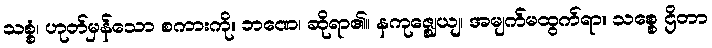
သစ္စံ၊ ဟုတ်မှန်သော စကားကို။ ဘဏေ၊ ဆိုရာ၏။ နကုဇ္ဈေယျ၊ အမျက်မထွက်ရာ။ သစ္စေ ဌိတာ